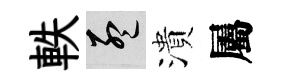
軼孟潰屬